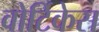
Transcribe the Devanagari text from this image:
वोर्टिकेस